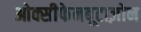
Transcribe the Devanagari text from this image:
ओक्सीफेनबूटाज़ोन